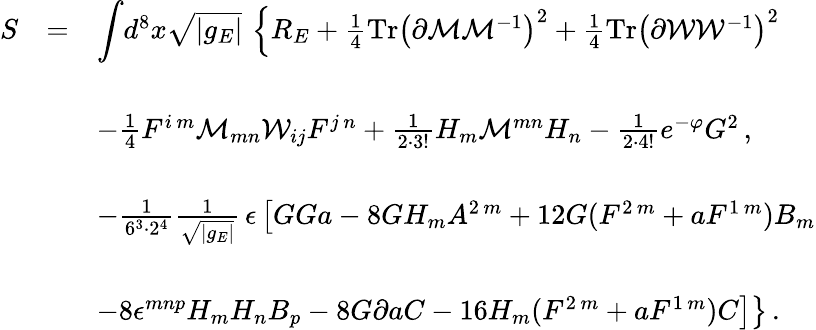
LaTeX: \begin{array}{rcl}{{S}}&{{=}}&{{{\displaystyle\int}d^{8}x\sqrt{|g_{E}|}\, \left\{ R_{E}+\frac{1}{4}\mathrm{Tr}\left(\partial{\cal M}{\cal M}^{-1}\right)^{2}+\frac{1}{4}\mathrm{Tr}\left(\partial{\cal W}{\cal W}^{-1}\right)^{2}\right.}}\\ {{}}&{{}}&{{}}\\ {{}}&{{}}&{{-\frac{1}{4}F^{i\, m}{\cal M}_{mn}{\cal W}_{ij}F^{j\, n}+\frac{1}{2\cdot 3!}H_{m}{\cal M}^{mn}H_{n}-\frac{1}{2\cdot 4!}e^{-\varphi}G^{2}\, ,}}\\ {{}}&{{}}&{{}}\\ {{}}&{{}}&{{-\frac{1}{6^{3}\cdot 2^{4}}{\textstyle\frac{1}{\sqrt{|g_{E}|}}}\, \epsilon\left[GGa-8GH_{m}A^{2\, m}+12G(F^{2\, m}+aF^{1\, m})B_{m}\right.}}\\ {{}}&{{}}&{{}}\\ {{}}&{{}}&{{\left.\left.-8\epsilon^{mnp}H_{m}H_{n}B_{p}-8G\partial aC-16H_{m}(F^{2\, m}+aF^{1\, m})C\right]\right\} \, .}}\end{array}